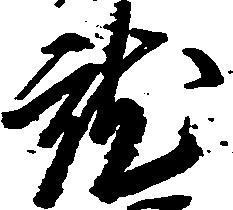
就